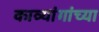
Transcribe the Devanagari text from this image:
काव्यांगांच्या